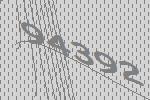
94392